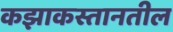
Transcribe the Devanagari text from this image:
कझाकस्तानतील